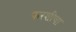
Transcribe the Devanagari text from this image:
फरशीचा